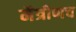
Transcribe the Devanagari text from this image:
मैत्रीणच